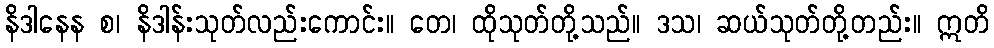
နိဒါနေန စ၊ နိဒါန်းသုတ်လည်းကောင်း။ တေ၊ ထိုသုတ်တို့သည်။ ဒသ၊ ဆယ်သုတ်တို့တည်း။ ဣတိ